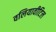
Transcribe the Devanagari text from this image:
वलियावीटिल